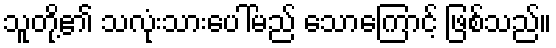
သူတို့၏ သလုံးသားပေါ်မည် သောကြောင့် ဖြစ်သည်။